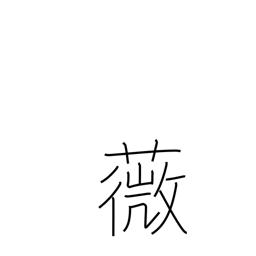
Meaning: an edible fern